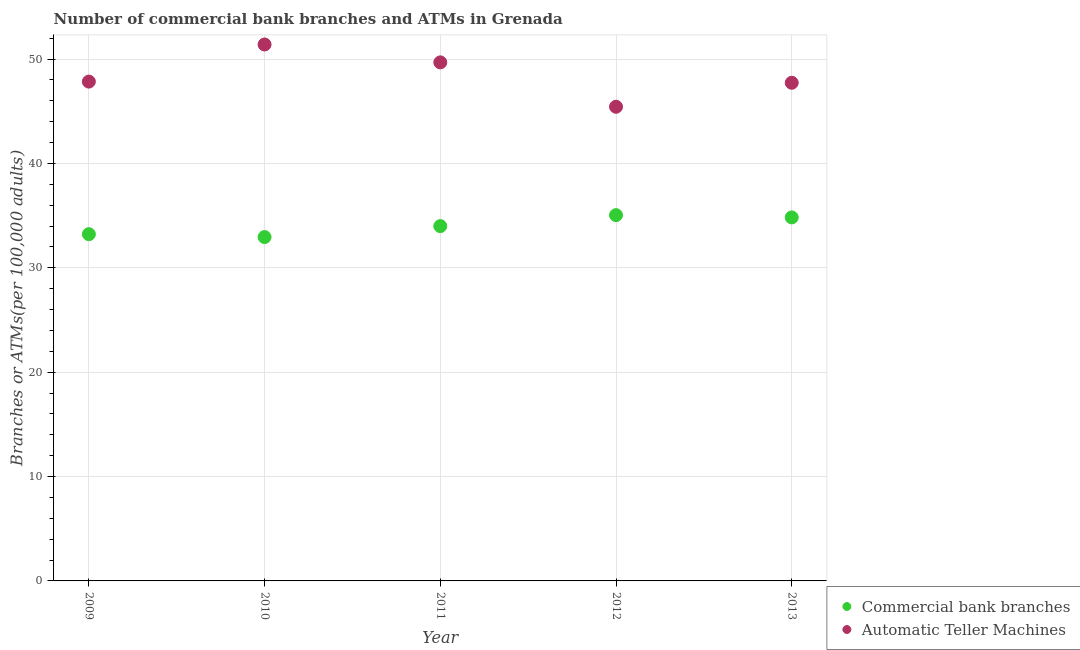
| Year | Commercial bank branches | Automatic Teller Machines |
 | --- | --- | --- |
 | 2009 | 33.2 | 47.8 |
 | 2010 | 32.9 | 51.4 |
 | 2011 | 34 | 49.7 |
 | 2012 | 35 | 45.4 |
 | 2013 | 34.8 | 47.7 |